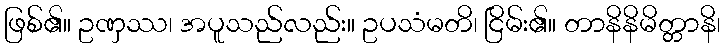
ဖြစ်၏။ ဥဏှဿ၊ အပူသည်လည်း။ ဥပသံမတိ၊ ငြိမ်း၏။ တာနိနိမိတ္တာနိ၊